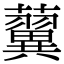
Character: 𧃟